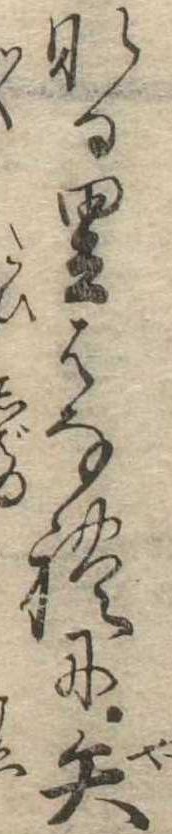
なる里はなれに矢